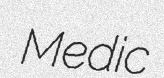
Medic